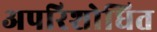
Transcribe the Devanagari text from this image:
अपरिशोधित